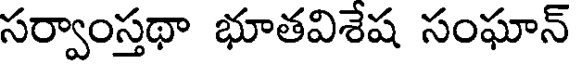
సర్వాంస్తథా భూతవిశేష సంఘాన్